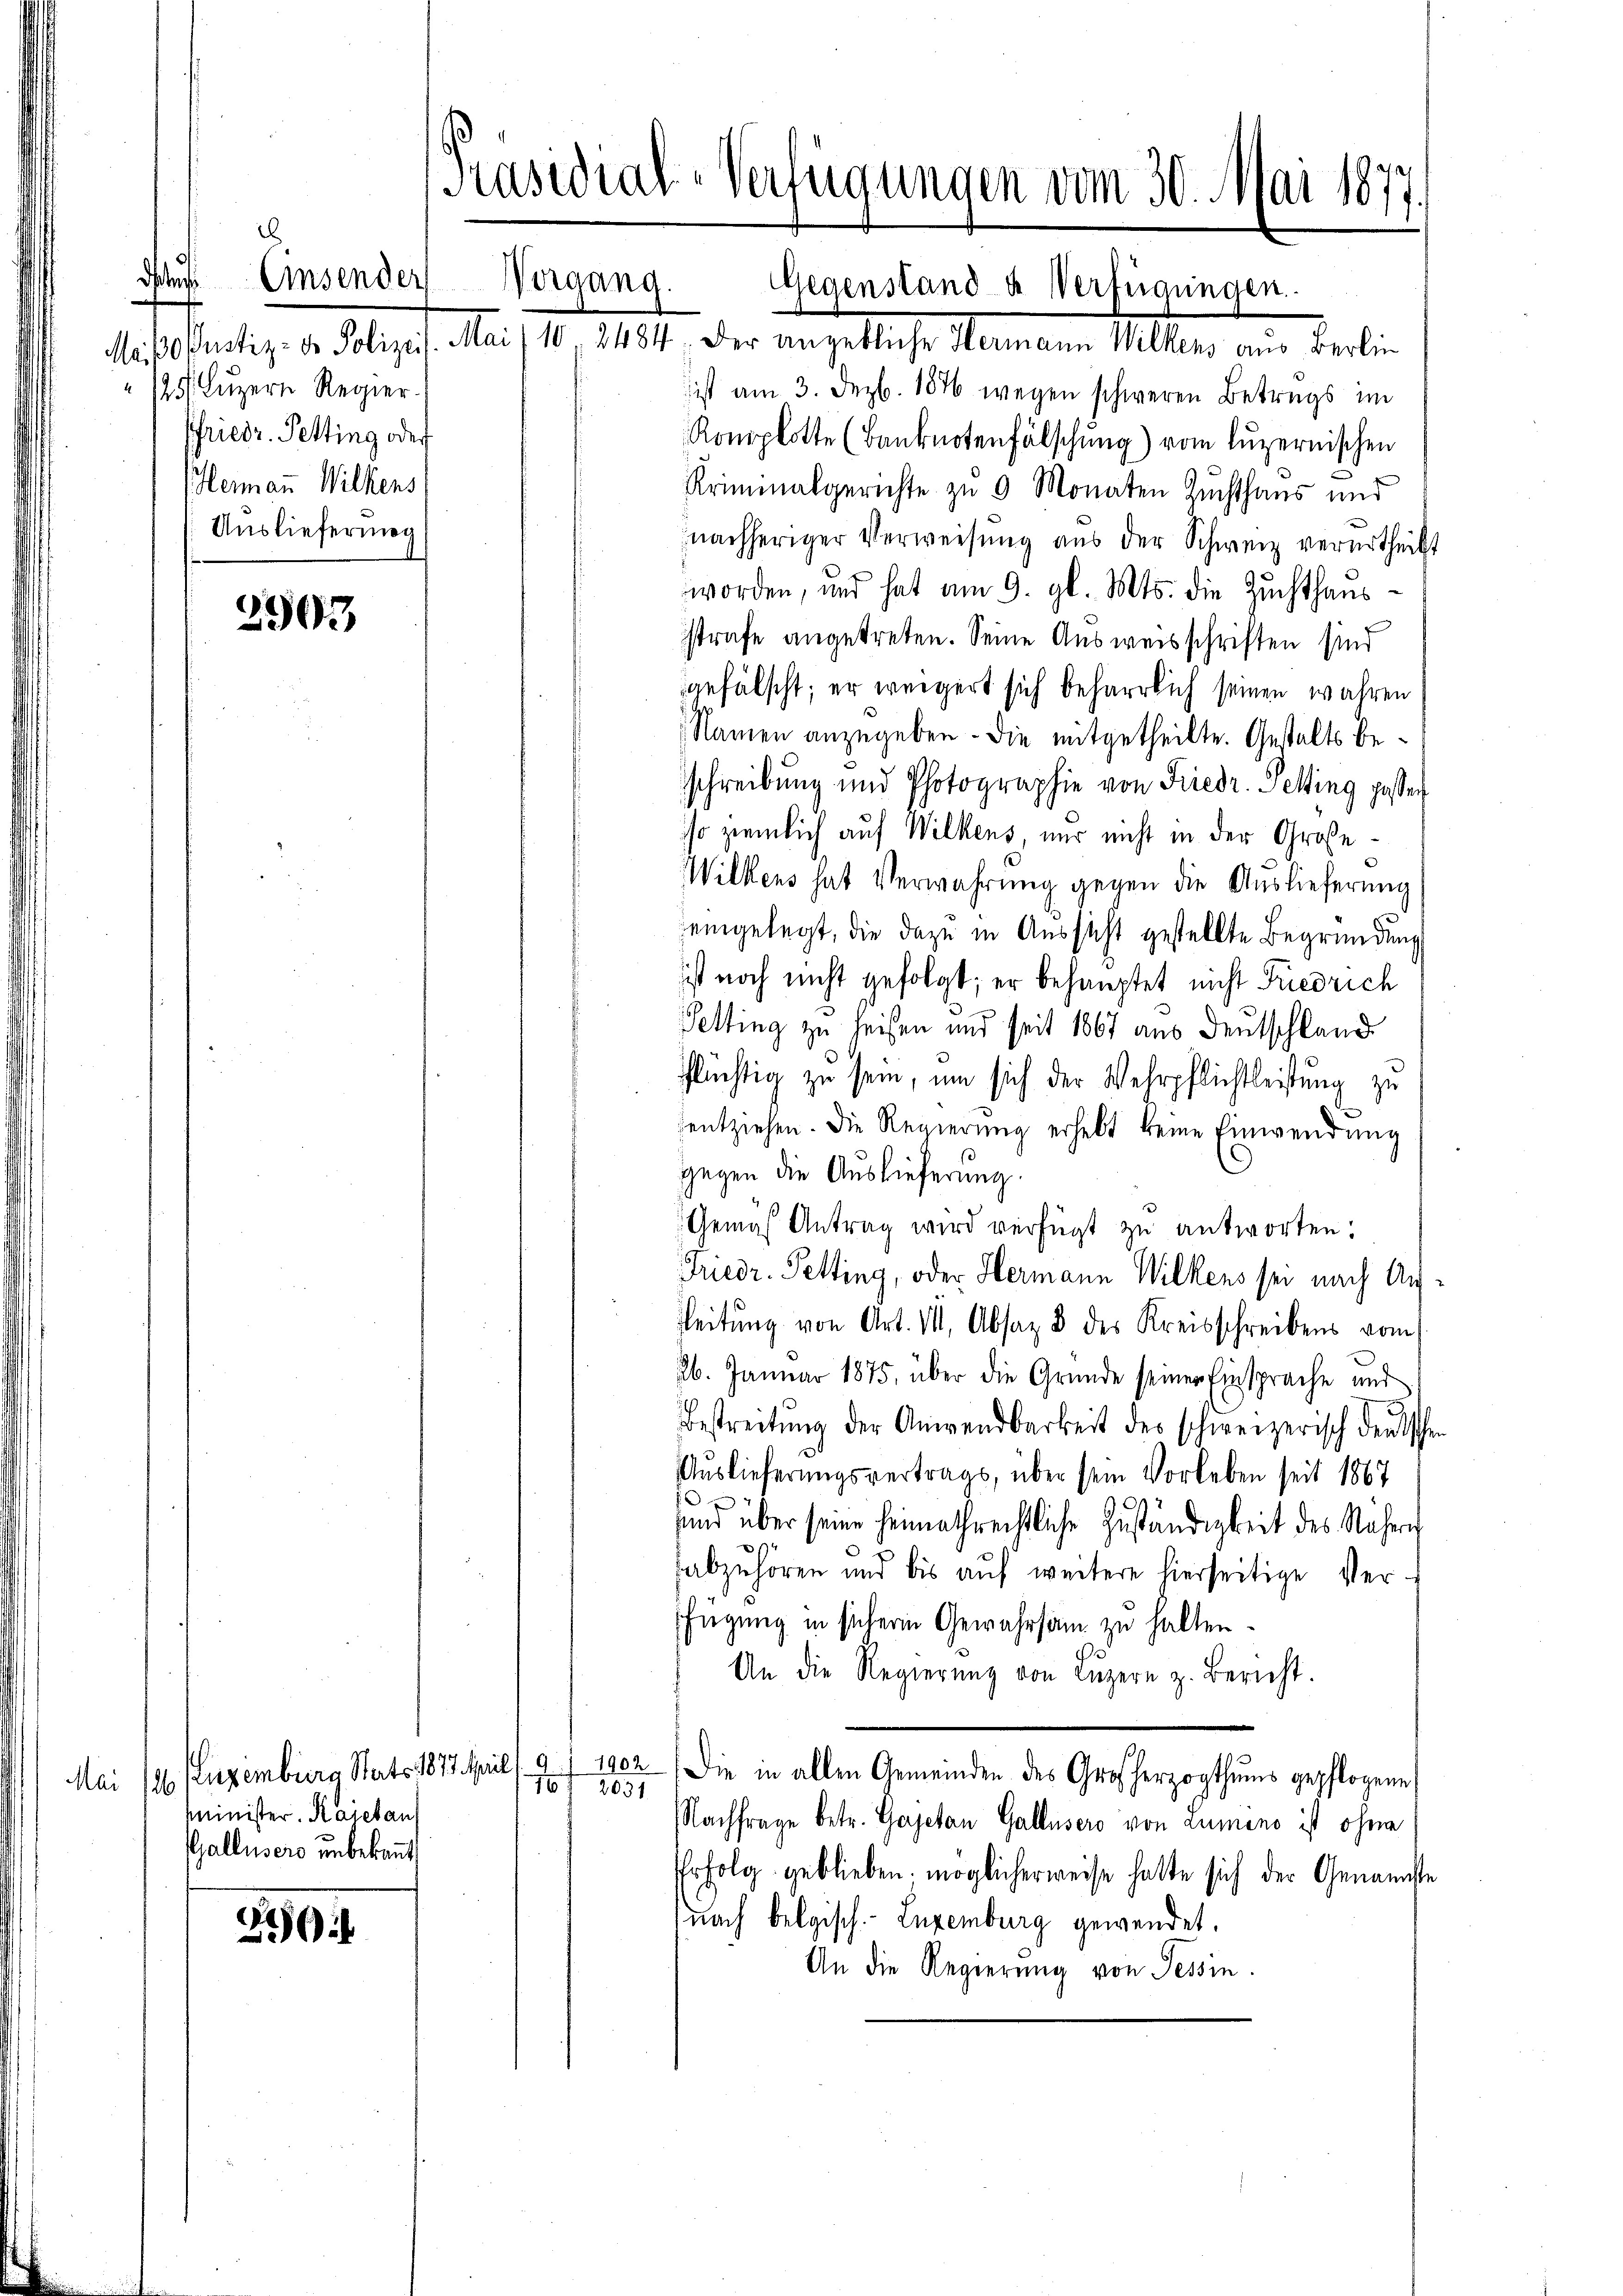
2903

1

.
Einsenders
Vergang.
125. Luzern Regier
Pfriedr. Petting oder
Hermann Wilkens
Auslieferung

Mai 126 (Eugenburg Stats 1877. April,
minister. Kajetan
Gallusers unbekannt,

Präsidial-Verfügungen vom 30. Mai 1877
1

Maiß Pustiz- & Polizeis. Mai/10. 21184. Der angebliche Hermann Willens aus Berlin
ist am 3. Dezb. 1876 wegen schweren Betrags im
Konplotte (Banknotenfälschung) vom luzernischen
Kriminalgerichte zu 9 Monaten Zuchthaus und
nachheriger Verweisŭng aus der Schweiz verurtheilt
worden, und hat am 9. gl. Mts. die Zuchthaŭs-
strafe angetreten. Seine Ausweisschriften sind
gefälscht; er weigert sich beharrlich seinen wahren
Namen anzugeben. Die mitgetheilte. Gestalts beschreibung und Photographie von Friedr. Petting possen
so ziemlich auf Wilkens, nur nicht in der Große¬
Wilkens hat Verwahrung gegen die Auslieferung
eingelegt, die dazu in Aussicht gestellte Begründung
ist noch nicht gefolgt; er behauptet nicht Friedrich
Petting zu heisen und seit 1867 aus Deutschland
flüchtig zu sein, um sich der Wehrpflichtleistung zu
entziehen. Die Regierung erhebt keine Einwendung
gegen die Auslieferung.
Gemäß Antrag wird verfügt zu antworten.
Friedr. Petting, oder Hermann Wilkens sei nach Auf¬
Leitŭng von Art. 11, Absaz 8 des Kreisschreibens vom
26. Januar 1875, über die Gründe seiner Einsprache und
Bestreitŭng der Anwendbarkeit des schweizerisch deutsche
Auslieferungsvertrags, über sein Vorleben seit 1867
sund über seine heimathrechtliche Zuständigkeit des Näher
fabzuhören und bis auf weitere hierseitige Verfügung in sichern Gewahrsam zu halten.
An die Regierŭng von Lŭzern z. Bericht.
1902. Die in allen Gemeinden des Großherzogthums gepflogene
1 f 1851
Nachfrage betr. Gajetan Gallusero von Lumino ist ohne
Erfolg geblieben möglicherweise hatte sich der Genannste
(nach belgisch.- Luxenburg gewendet.
An die Regierung von Tessin.

Gegenstand- & Verfügungen.